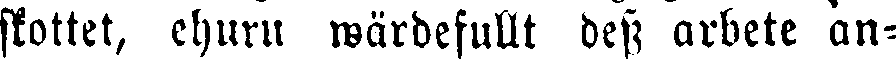
skottet, ehuru wärdefullt dess arbete 'an-